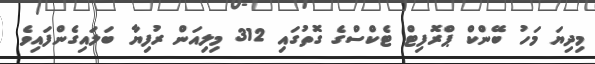
މިދިޔަ މަހު ބޭންކް ޕްރޮފިޓް ޓެކްސްގެ ގޮތުގައި 312 މިލިއަން ރުފިޔާ ބަލައިގެންފައިވެ